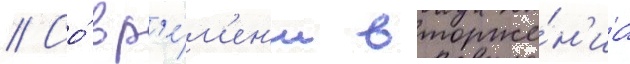
// Со́ вр'е́м'ен'и вторже́н'иа